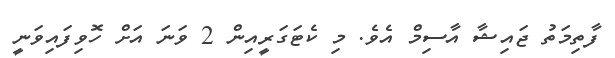
ފާތިމަތު ޖައިޝާ އާސިމް އެވެ. މި ކެޓަގަރީއިން 2 ވަނަ އަށް ހޮވިފައިވަނީ